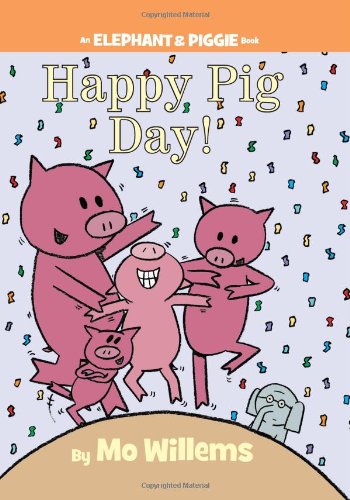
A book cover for Happy Pig Day! (An Elephant and Piggie Book); Mo Willems; Children's Books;